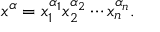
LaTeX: x ^ { \alpha } = x _ { 1 } ^ { \alpha _ { 1 } } x _ { 2 } ^ { \alpha _ { 2 } } \cdots x _ { n } ^ { \alpha _ { n } } .